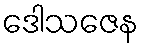
ဒေါသဇေန